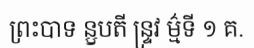
ព្រះបាទ ន្ឫបតី ន្ទ្រវ ម៌្មទី ១ គ.